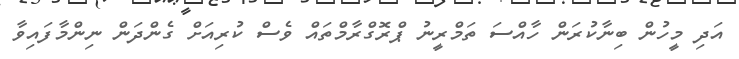
އަދި މީހުން ބިނާކުރަން ހާއްސަ ތަމްރީނު ޕްރޮގްރާމްތައް ވެސް ކުރިއަށް ގެންދަން ނިންމާފައިވާ